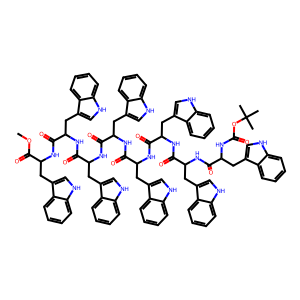
SMILES: COC(=O)C(Cc1c[nH]c2ccccc12)NC(=O)C(Cc1c[nH]c2ccccc12)NC(=O)C(Cc1c[nH]c2ccccc12)NC(=O)C(Cc1c[nH]c2ccccc12)NC(=O)C(Cc1c[nH]c2ccccc12)NC(=O)C(Cc1c[nH]c2ccccc12)NC(=O)C(Cc1c[nH]c2ccccc12)NC(=O)C(Cc1c[nH]c2ccccc12)NC(=O)OC(C)(C)C
Inhibits HIV replication: No